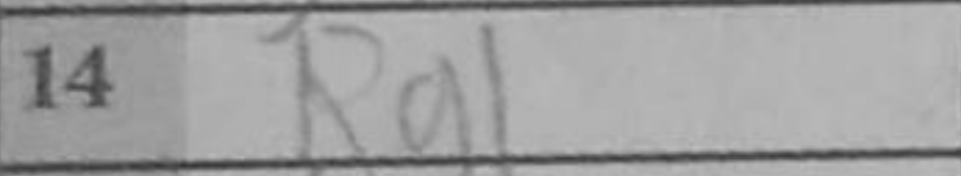
Transcription: Rg1